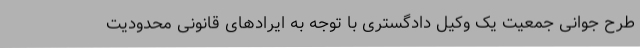
طرح جوانی جمعیت یک وکیل دادگستری با توجه به ایرادهای قانونی محدودیت